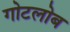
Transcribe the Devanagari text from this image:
गोटलोब